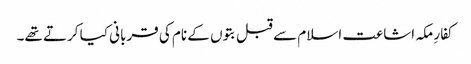
کفارِ مکہ اشاعت اسلام سے قبل بتوں کے نام کی قربانی کیا کرتے تھے۔